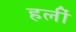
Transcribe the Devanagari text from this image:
हलीं